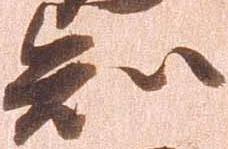
知